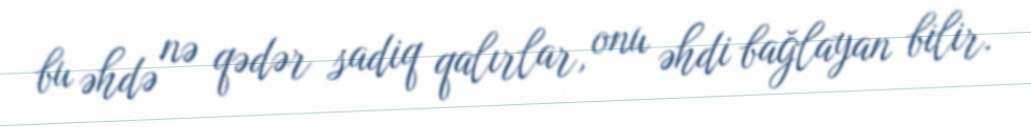
bu əhdə nə qədər sadiq qalırlar, onu əhdi bağlayan bilir.